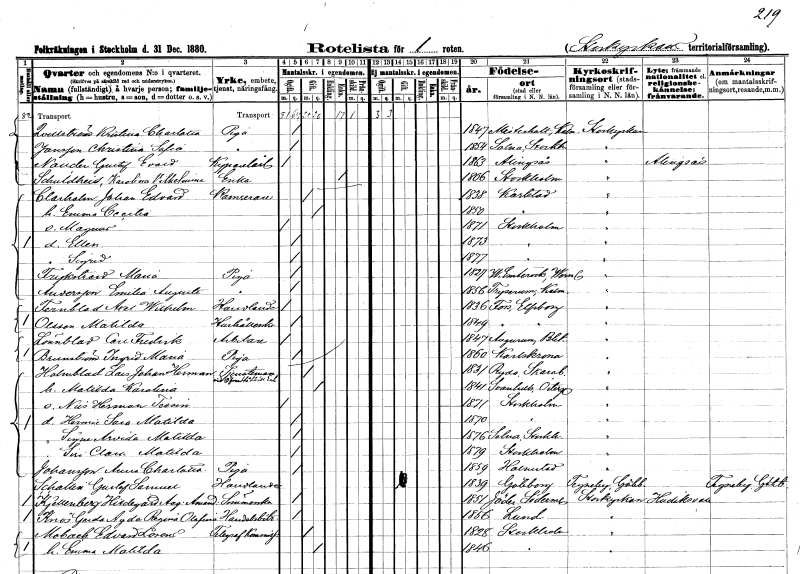
gt_parse: households: individuals: FN: Kristina Charlotta
EN: Qvillström
YRKE: Piga
KON: K
CIV: O
FODAR: 1847
FODFORS: Misterhult Kalmar län
FN: Christina Sofia
EN: Jansson
YRKE: Piga
KON: K
CIV: O
FODAR: 1847
FODFORS: Solna Stockholms län
FN: Gustaf Evald
EN: Nauder
YRKE: Kyparelärling
KON: M
CIV: O
FODAR: 1863
FODFORS: Alingsås Älvsborgs län
FN: Karolina Vilhelmina
EN: Schuldheis
YRKE: Änka
KON: K
CIV: E
FODAR: 1806
FODFORS: Stockholm
FN: Johan Edvard
EN: Clarholm
YRKE: Kamrerare
KON: M
CIV: G
FODAR: 1838
FODFORS: Karlstad Värmlands län
FN: Emma Cecilia
KON: K
CIV: G
FODAR: 1850
FODFORS: Karlstad Värmlands län
FN: Magnus
KON: M
CIV: O
FODAR: 1871
FODFORS: Stockholm
FN: Ellen
KON: K
CIV: O
FODAR: 1873
FODFORS: Stockholm
FN: Sigrid
KON: K
CIV: O
FODAR: 1877
FODFORS: Stockholm
FN: Maria
EN: Frykstrand
YRKE: Piga
KON: K
CIV: O
FODAR: 1827
FODFORS: Västra Ämtervik Värmlands län
FN: Emilia Augusta
EN: Andersson
YRKE: Piga
KON: K
CIV: O
FODAR: 1856
FODFORS: Tryserum Östergötlands län
FN: Axel Wilhelm
EN: Fernblad
YRKE: Handlande
KON: M
CIV: O
FODAR: 1836
FODFORS: Fors Älvsborgs län
FN: Matilda
EN: Olsson
YRKE: Hushållerska
KON: K
CIV: O
FODAR: 1849
FODFORS: Fors Älvsborgs län
FN: Carl Fredrik
EN: Lönnblad
YRKE: Arbetare
KON: M
CIV: O
FODAR: 1847
FODFORS: Augerum Blekinge län
FN: Ingrid Maria
EN: Brunström
YRKE: Piga
KON: K
CIV: O
FODAR: 1860
FODFORS: Karlskrona Blekinge län
FN: Lars Johan Herman
EN: Holmblad
YRKE: Tjänsteman
KON: M
CIV: G
FODAR: 1831
FODFORS: Ryda Skaraborgs län
FN: Matilda Karolina
KON: K
CIV: G
FODAR: 1841
FODFORS: Svanshals Östergötlands län
FN: Nils Herman Tessin
KON: M
CIV: O
FODAR: 1871
FODFORS: Stockholm
FN: Hermine Sara Matilda
KON: K
CIV: O
FODAR: 1870
FODFORS: Stockholm
FN: Signe Arwida Matilda
KON: K
CIV: O
FODAR: 1876
FODFORS: Solna Stockholms län
FN: Siri Clara Matilda
KON: K
CIV: O
FODAR: 1879
FODFORS: Stockholm
FN: Anna Charlotta
EN: Johansson
YRKE: Piga
KON: K
CIV: O
FODAR: 1859
FODFORS: Halmstad Hallands län
FN: Gustaf Samuel
EN: Schallin
YRKE: Handlande
KON: M
CIV: G
FODAR: 1839
FODFORS: Göteborg Göteborgs- och Bohuslän
FN: Hildegard Augusta Amanda
EN: Kjellenberg
YRKE: Sömmerska
KON: K
CIV: O
FODAR: 1851
FODFORS: Jäder Södermanlands län
FN: Gerda Agda Regina Olafina
EN: Knös
YRKE: Handelsbiträde
KON: K
CIV: O
FODAR: 1856
FODFORS: Lund Malmöhus län